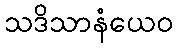
သဒိသာနံယေဝ